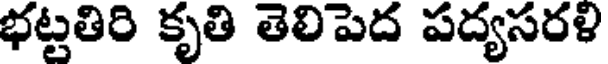
భట్టతిరి కృతి తెలిపెద పద్యసరళి